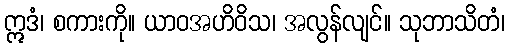
ဣဒံ၊ စကားကို။ ယာဝအဟိဝိသ၊ အလွန်လျင်။ သုဘာသိတံ၊